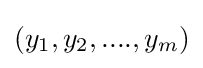
(y_{1},y_{2},....,y_{m})